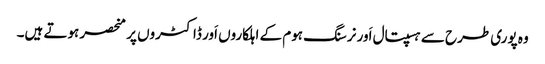
وہ پوری طرح سے ہسپتال اَور نرسنگ ہوم کے اہلکاروں اَور ڈاکٹروں پر منحصر ہوتے ہیں۔